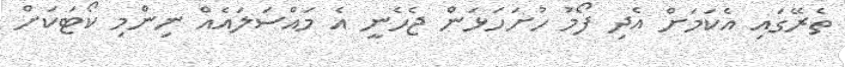
ތެރޭގައި އެކަމަށް އެދި ފޯމު ހުށަހަޅަން ޖެހެނީ އެ މައްސަލައެއް ނިންމި ކޯޓަކަށް